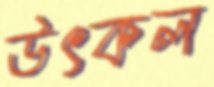
উৎকল